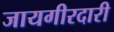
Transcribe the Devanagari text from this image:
जायगीरदारी